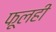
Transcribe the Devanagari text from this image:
फूलही